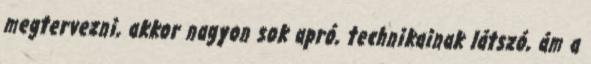
megtervezni, akkor nagyon sok apró, technikainak látszó, ám a